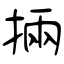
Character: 掚